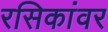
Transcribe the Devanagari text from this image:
रसिकांवर